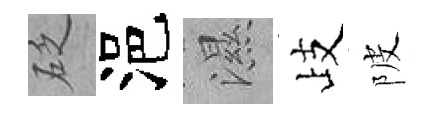
砭浥濕歧陂